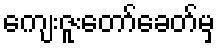
ကျေးဇူးတော်ခေတ်မှ